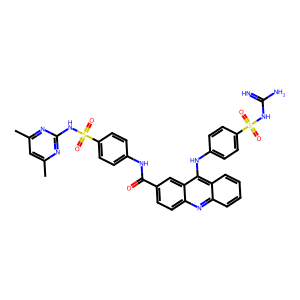
SMILES: Cc1cc(C)nc(NS(=O)(=O)c2ccc(NC(=O)c3ccc4nc5ccccc5c(Nc5ccc(S(=O)(=O)NC(=N)N)cc5)c4c3)cc2)n1
Inhibits HIV replication: Yes